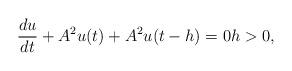
LaTeX: \begin{align*}\frac{{du}}{{dt}} + {A^2}u(t) + {A^2}u(t - h) = 0 h>0,\end{align*}